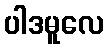
ပါဒမူလေ